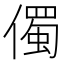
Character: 㒔